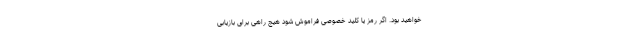
خواهید بود. اگر رمز یا کلید خصوصی فراموش شود هیچ راهی برای بازیابی